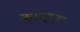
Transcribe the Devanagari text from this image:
कालातर